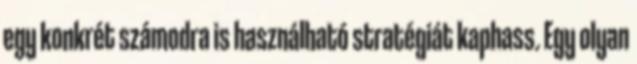
egy konkrét számodra is használható stratégiát kaphass. Egy olyan